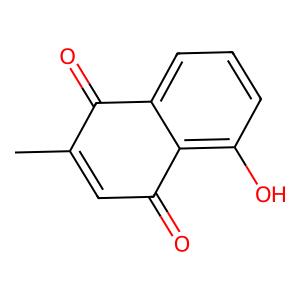
SMILES: CC1=CC(=O)c2c(O)cccc2C1=O
Inhibits HIV replication: No